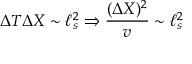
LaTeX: \Delta T \Delta X \sim \ell _ { s } ^ { 2 } \Rightarrow { \frac { ( \Delta X ) ^ { 2 } } { v } } \sim \ell _ { s } ^ { 2 }